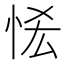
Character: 恡